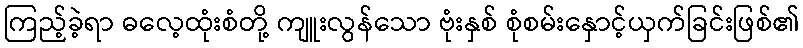
ကြည့်ခဲ့ရာ ဓလေ့ထုံးစံတို့ ကျူးလွန်သော ဗုံးနှစ် စုံစမ်းနှောင့်ယှက်ခြင်းဖြစ်၏